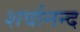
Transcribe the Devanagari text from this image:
शर्वानन्द